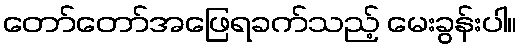
တော်တော်အဖြေရခက်သည့် မေးခွန်းပါ။